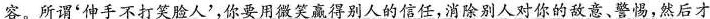
容。所谓'伸手不打笑脸人'，你要用微笑赢得别人的信任，消除别人对你的敌意、警惕，然后才